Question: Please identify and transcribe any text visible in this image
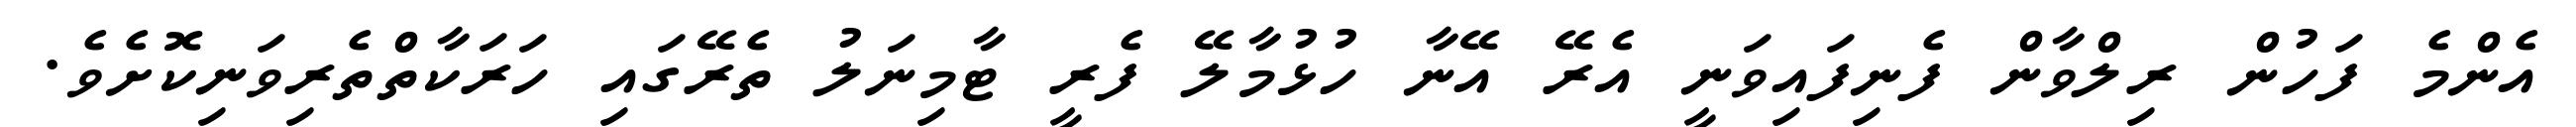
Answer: އެންމެ ފަހުން ރިލްވާން ފެނިފައިވަނީ އެރޭ އޭނާ ހުޅުމާލޭ ފެރީ ޓާމިނަލު ތެރޭގައި ހަރަކާތްތެރިވަނިކޮށެވެ.